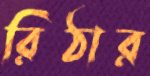
রিঠার